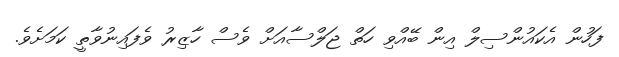
ފަހުން އެކައުންސިލް އިން ބޭއްވި ހަތް ޖަލްސާއަށް ވެސް ހާޒިރު ވެފައިނުވާތީ ކަމަށެވެ.